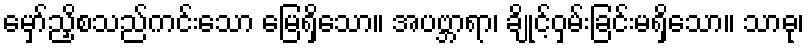
မှော်ညှိစသည်ကင်းသော မြေရှိသော။ အပဗ္ဘာရာ၊ ချိုင့်ဝှမ်းခြင်းမရှိသော။ သာဓု၊